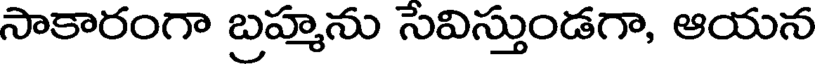
సాకారంగా బ్రహ్మను సెవిస్తుండగా, ఆయన